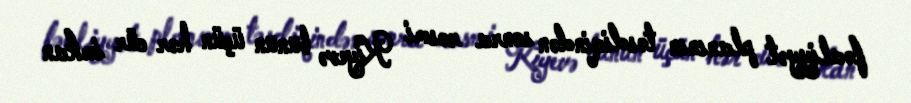
fəaliyyət planının təsdiqindən sonra rəsmi Kiyevə bunun üçün hər cür imkan